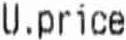
U.PRICE